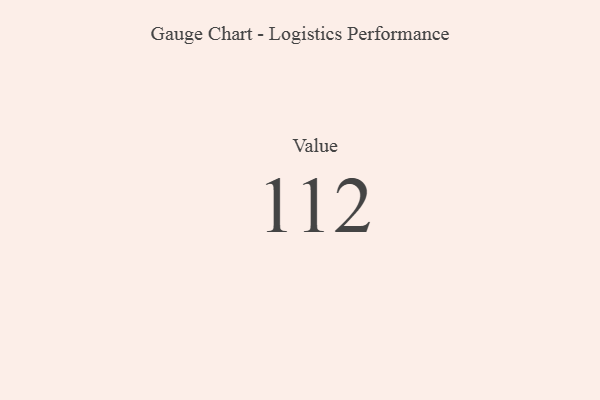
{"axis": {"x": "Metric", "y": "Value"}, "legend": [""], "data": [{"x": "Value", "y": 112, "type": ""}]}